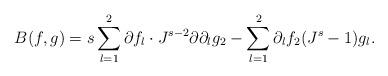
LaTeX: \begin{align*}B(f,g) = s \sum_{l=1}^2 \partial f_l \cdot J^{s-2} \partial \partial_l g_2-\sum_{l=1}^2 \partial_l f_2 (J^s-1) g_l.\end{align*}